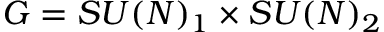
{ \cal G } = S U ( N ) _ { 1 } \times S U ( N ) _ { 2 }